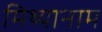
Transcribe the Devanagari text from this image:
मिथ्यानाम